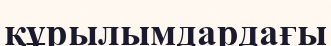
құрылымдардағы